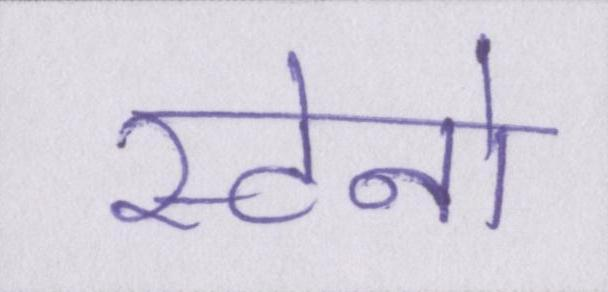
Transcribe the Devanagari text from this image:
स्टेनो